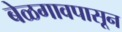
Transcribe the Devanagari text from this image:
बेळगावपासून